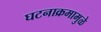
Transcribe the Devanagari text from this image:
घटनाक्रमामुळे